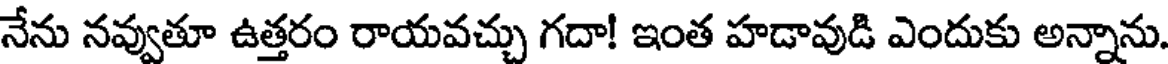
నేను నవ్వుతూ ఉత్తరం రాయవచ్చు గదా! ఇంత హడావుడి ఎందుకు అన్నాను